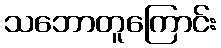
သဘောတူကြောင်း